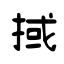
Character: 掝